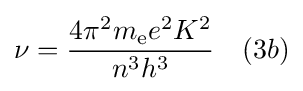
\nu ={\frac {4\pi ^{2}m_{\text{e}}e^{2}K^{2}}{n^{3}h^{3}}}\ \ \ (3b)